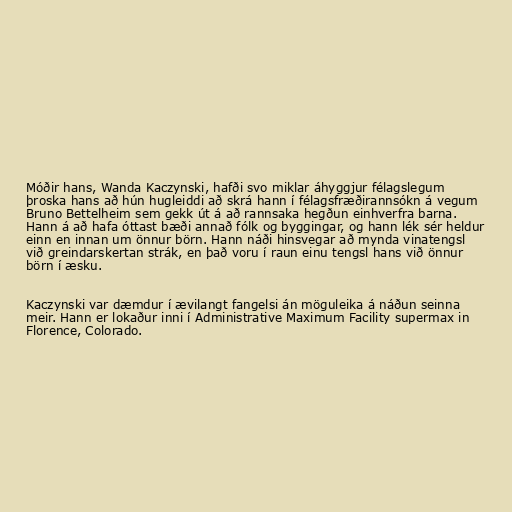
Móðir hans, Wanda Kaczynski, hafði svo miklar áhyggjur félagslegum
þroska hans að hún hugleiddi að skrá hann í félagsfræðirannsókn á vegum
Bruno Bettelheim sem gekk út á að rannsaka hegðun einhverfra barna.
Hann á að hafa óttast bæði annað fólk og byggingar, og hann lék sér heldur
einn en innan um önnur börn. Hann náði hinsvegar að mynda vinatengsl
við greindarskertan strák, en það voru í raun einu tengsl hans við önnur
börn í æsku.

Kaczynski var dæmdur í ævilangt fangelsi án möguleika á náðun seinna
meir. Hann er lokaður inni í Administrative Maximum Facility supermax in
Florence, Colorado.